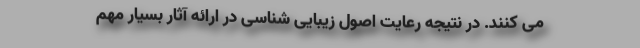
می کنند. در نتیجه رعایت اصول زیبایی شناسی در ارائه آثار بسیار مهم